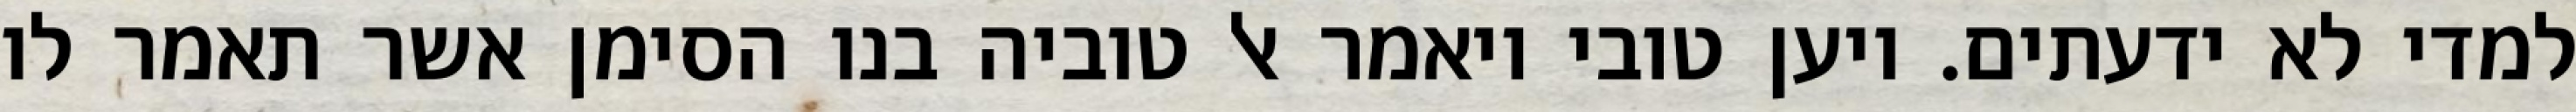
למדי לא ידעתים. ויען טובי ויאמר אל טוביה בנו הסימן אשר תאמר לו